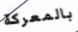
بالمعركة